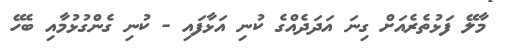
މާލޭ ފަޅުތެރެއަށް ގިނަ އަދަދެއްގެ ކުނި އަޅާފައި - ކުނި ގެންގުޅުމާއި ބެހޭ